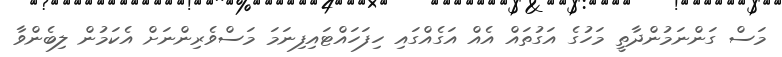
މަސް ގަންނަމުންދާތީ މަހުގެ އަގުތައް އެއް އަގެއްގައި ހިފަހައްޓައިފިނަމަ މަސްވެރިންނަށް އެކަމުން ލިބެންވާ